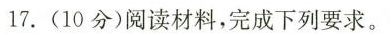
17.(10分)阅读材料，完成下列要求。